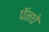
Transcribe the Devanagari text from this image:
पॅनचे